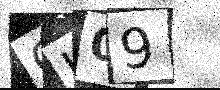
Text: CH09